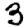
Digit: 3